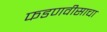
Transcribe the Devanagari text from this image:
फडणवीसाचा